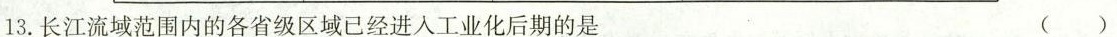
13.长江流域范围内的各省级区域已经进入工业化后期的是 ()